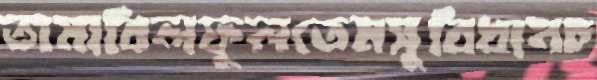
তামাবিলফুলতেমসুবিধানচ